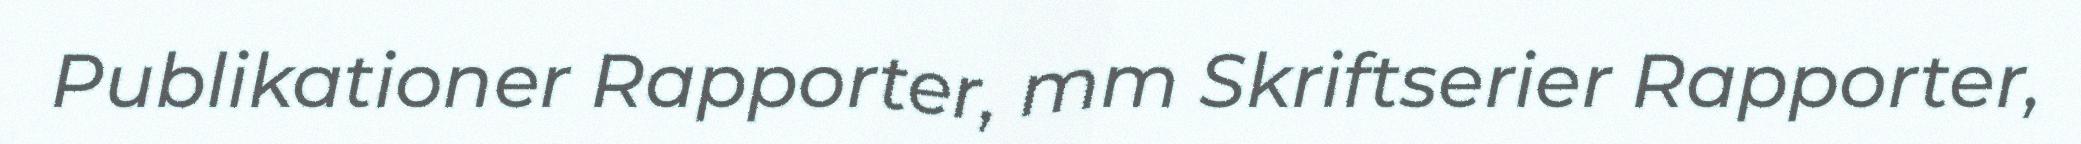
Publikationer Rapporter, mm Skriftserier Rapporter,